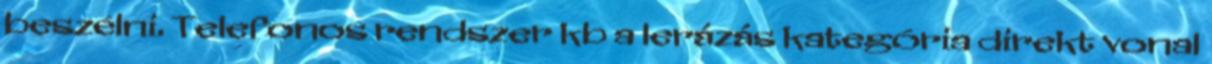
beszélni. Telefonos rendszer kb a lerázás kategória direkt vonal